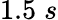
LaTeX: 1.5\; s